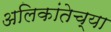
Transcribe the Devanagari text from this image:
अलिकांतेच्या